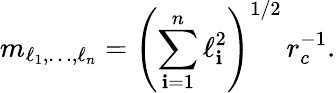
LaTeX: m_{\ell_{1},\dots,\ell_{n}}=\left(\sum_{\mathbf{i}=1}^{n}\ell_{\mathbf{i}}^{2}\right)^{1/2}\, r_{c}^{-1}.